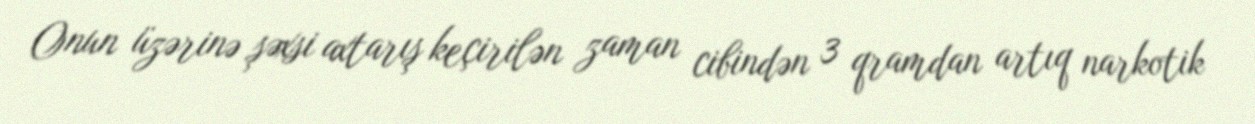
Onun üzərinə şəxsi axtarış keçirilən zaman cibindən 3 qramdan artıq narkotik